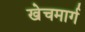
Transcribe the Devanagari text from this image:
खेचमार्ग